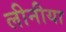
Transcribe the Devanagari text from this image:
लीनीया